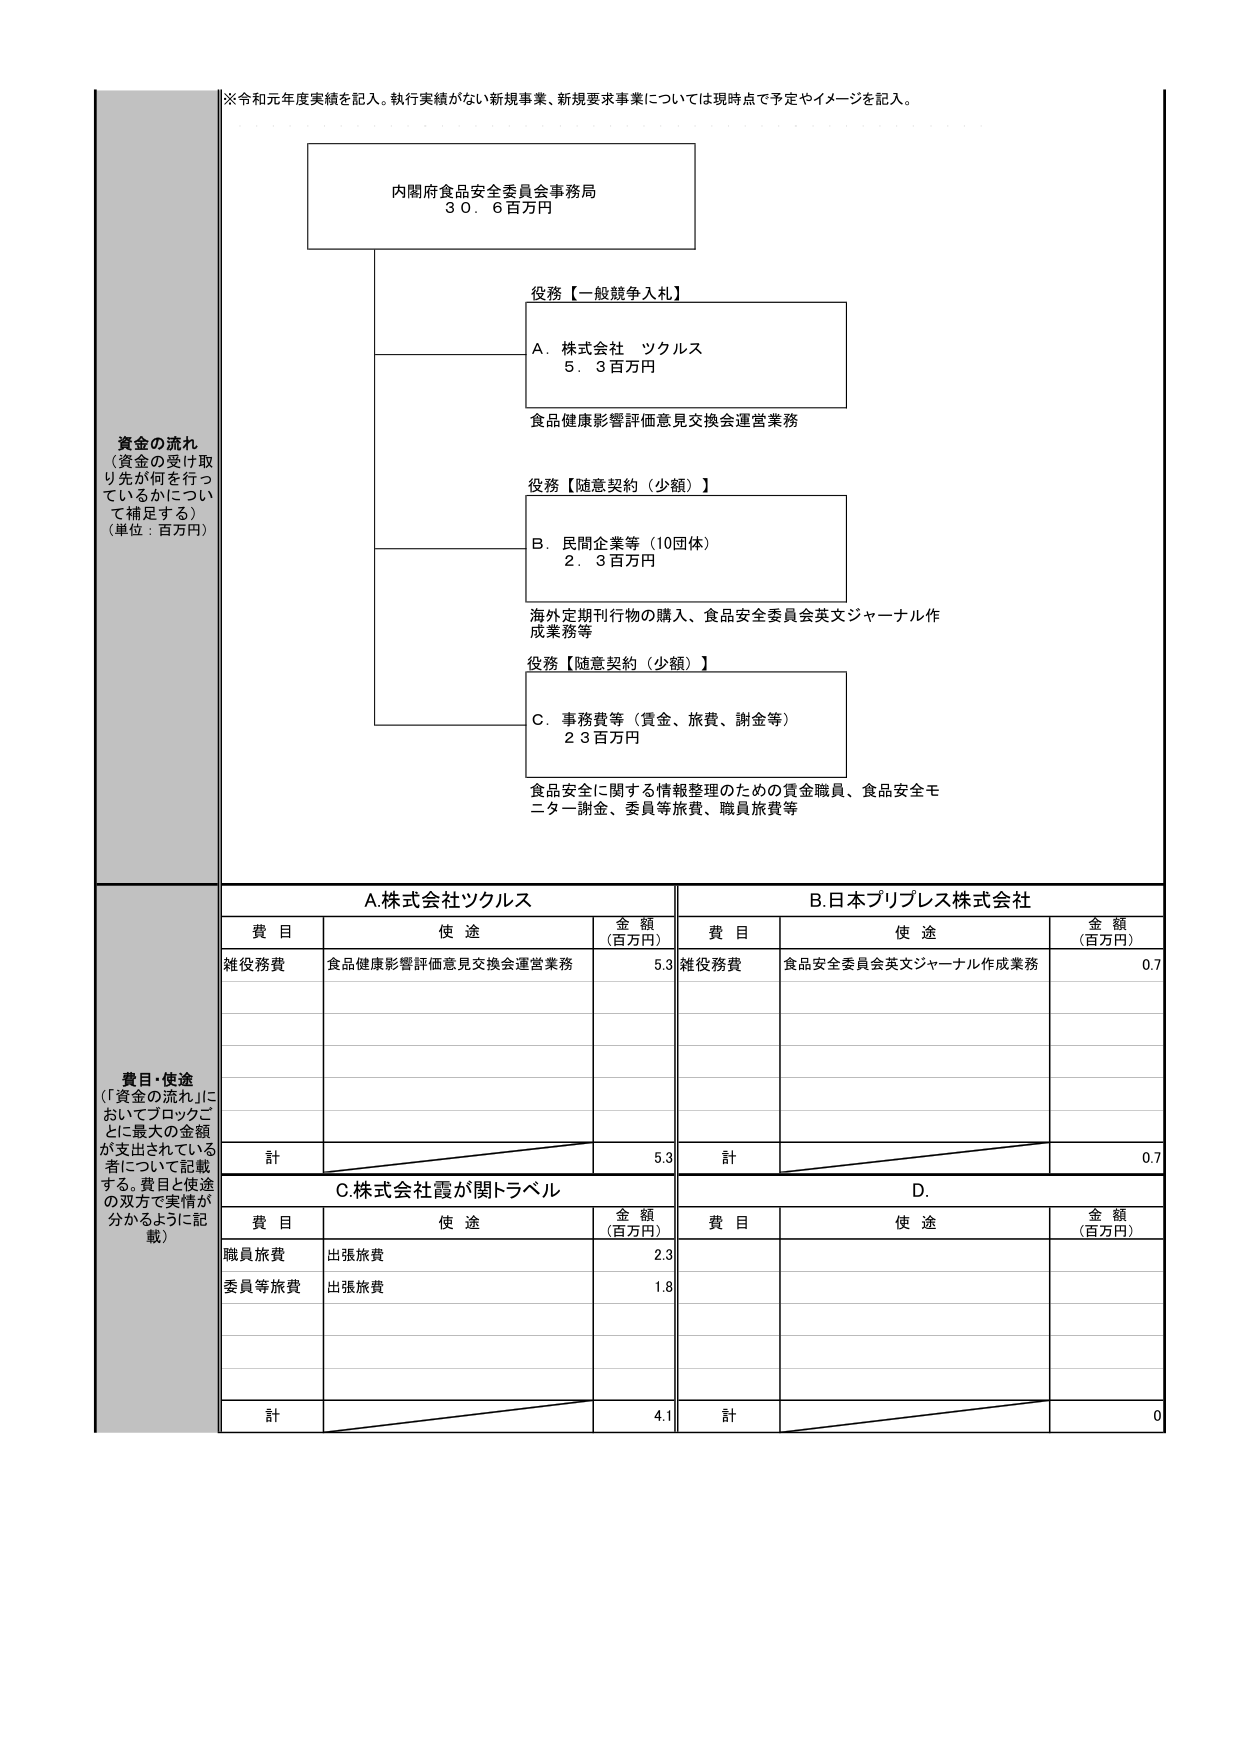
※令和元年度実績を記入。執行実績がない新規事業、新規要求事業については現時点で予定やイメージを記入。

内閣府食品安全委員会事務局
30.6百万円

役務【一般競争入札】
A. 株式会社 ツクルス
5.3百万円
食品健康影響評価意見交換会運営業務

役務【随意契約（少額）】
B. 民間企業等（10団体）
2.3百万円
海外定期刊行物の購入、食品安全委員会英文ジャーナル作成業務等

役務【随意契約（少額）】
C. 事務費等（賃金、旅費、謝金等）
23百万円
食品安全に関する情報整理のための賃金職員、食品安全モニター謝金、委員等旅費、職員旅費等

資金の流れ
（資金の受け取り先が何を行っているかについて補足する）
（単位：百万円）

費目・使途
（「資金の流れ」においてブロックごとに最大の金額が支出されている者について記載する。費目と使途の双方で実情が分かるように記載）

A.株式会社ツクルス
B.日本プリプレス株式会社
費目 使途 金額（百万円） 費目 使途 金額（百万円）
雑役務費 食品健康影響評価意見交換会運営業務 5.3 雑役務費 食品安全委員会英文ジャーナル作成業務 0.7
計 5.3 計 0.7

C.株式会社霞が関トラベル
D.
費目 使途 金額（百万円） 費目 使途 金額（百万円）
職員旅費 出張旅費 2.3
委員等旅費 出張旅費 1.8
計 4.1 計 0